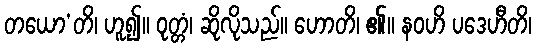
တယော’တိ၊ ဟူ၍။ ဝုတ္တံ၊ ဆိုလိုသည်။ ဟောတိ၊ ၏။ နဝဟိ ပဒေဟီတိ၊